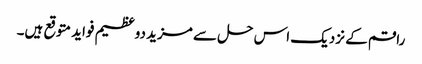
راقم کے نزدیک اس حل سے مزید دوعظیم فواید متوقع ہیں۔